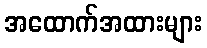
အထောက်အထားများ